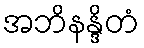
အဘိနန္ဒိတံ